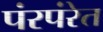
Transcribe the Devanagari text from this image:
पंरपंरेत